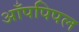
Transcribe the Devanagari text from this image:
आँपपिपल